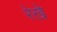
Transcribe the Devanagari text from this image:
रेखे